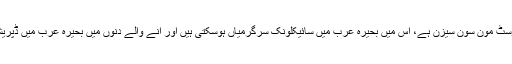
انہوں نے کہا کہ یہ پوسٹ مون سون سیزن ہے، اس میں بحیرہ عرب میں سائیکلونک سرگرمیاں ہوسکتی ہیں اور انے والے دنوں میں بحیرہ عرب میں ڈپریشن بھی بن سکتے ہیں۔